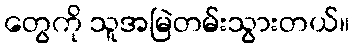
တွေကို သူအမြဲတမ်းသွားတယ်။